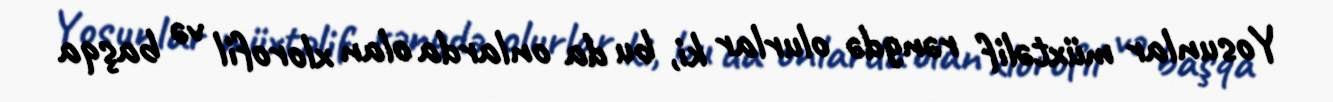
Yosunlar müxtəlif rəngdə olurlar ki, bu da onlarda olan xlorofil və başqa